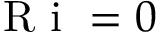
\mathrm { ~ R ~ i ~ } = 0